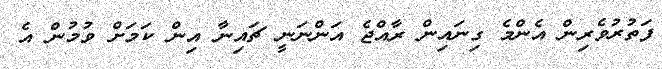
ފަތުރުވެރިން އެންމެ ގިނައިން ރާއްޖެ އަންނަނީ ޗައިނާ އިން ކަމަށް ވުމުން އެ